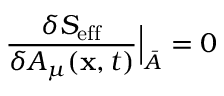
{ \frac { \delta S _ { \mathrm { e f f } } } { \delta { \cal A } _ { \mu } ( { { \bf x } , t } ) } } \Bigr | _ { \bar { \cal A } } = 0